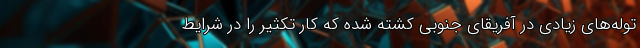
توله‌های زیادی در آفریقای جنوبی کشته شده که کار تکثیر را در شرایط